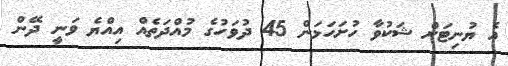
އެ ޔުނިޓަށް ޝަކުވާ ހުށަހަޅަން 45 ދުވަހުގެ މުއްދަތެއް އިއްޔެ ވަނީ ދޭން